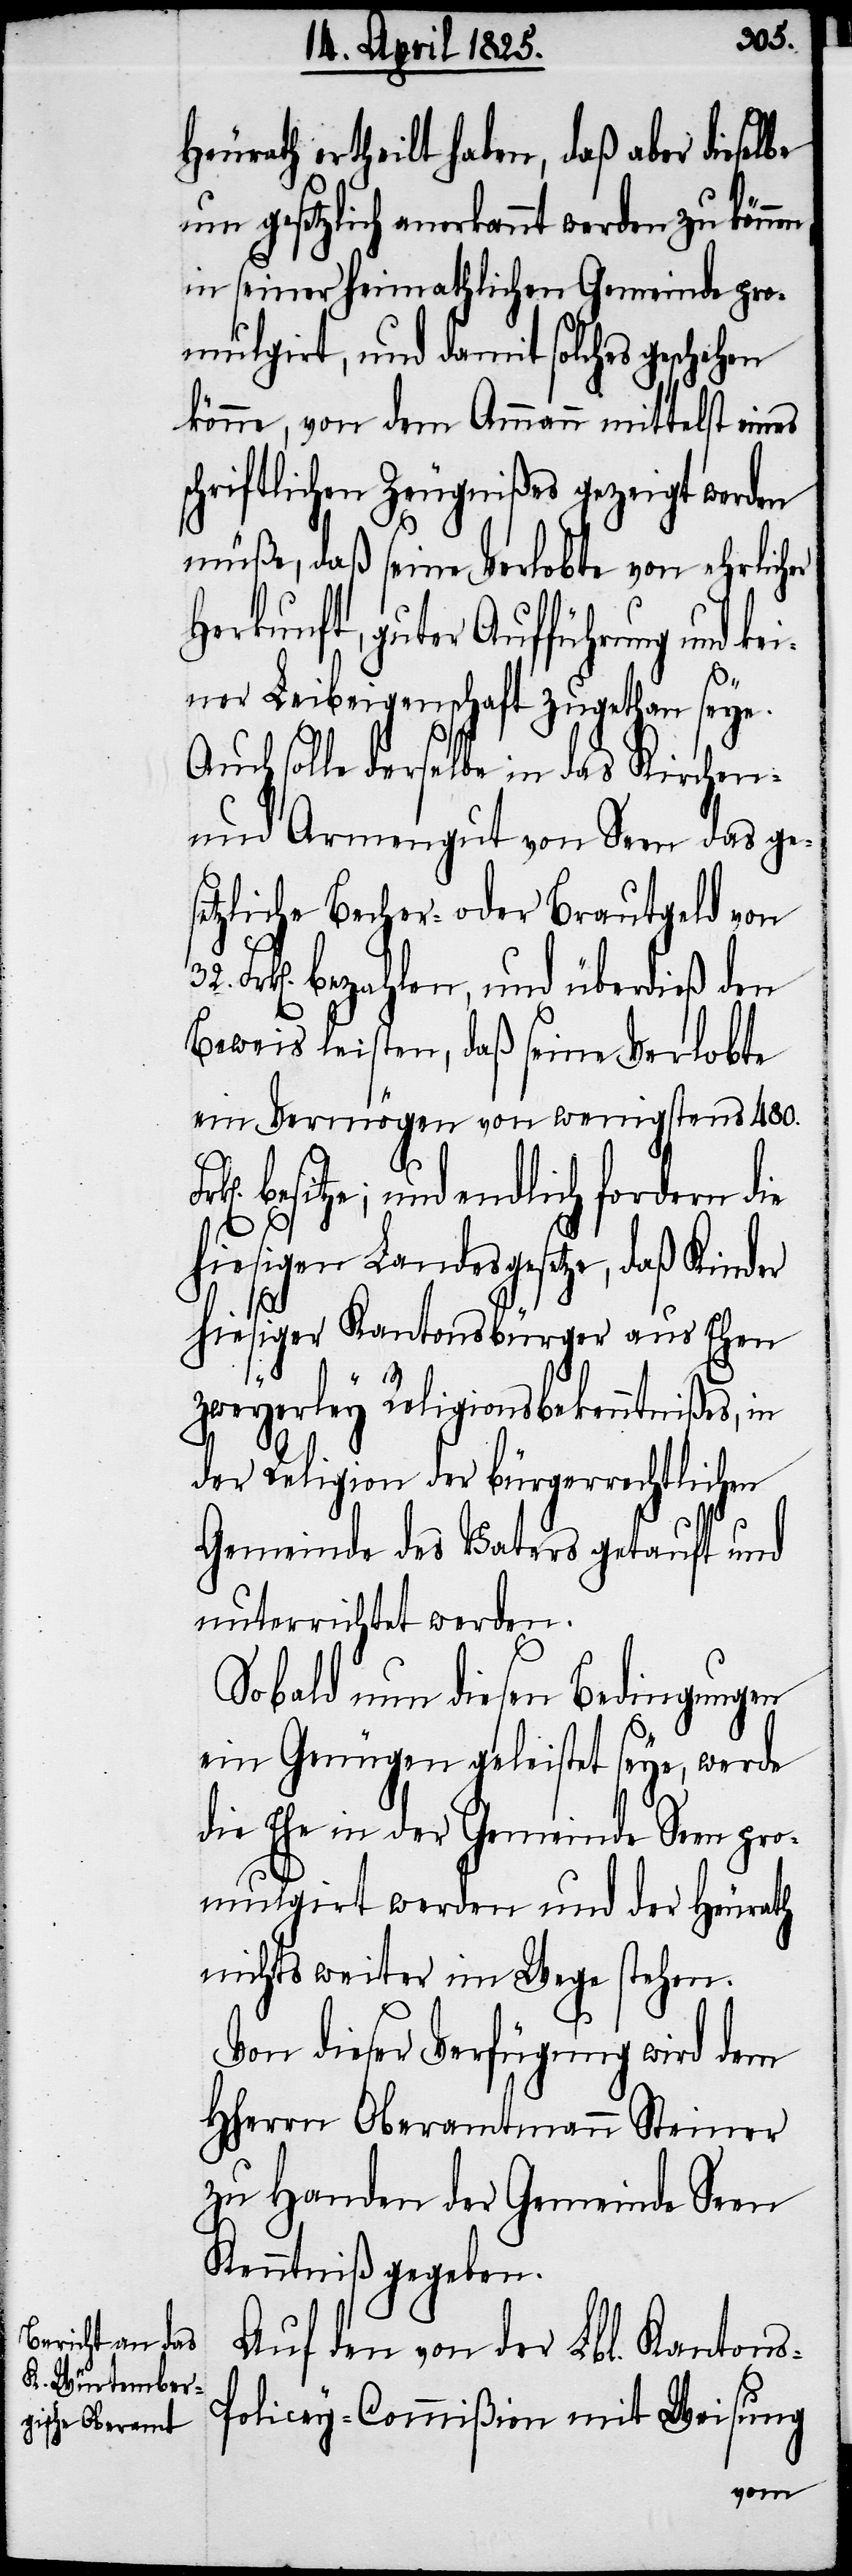
Heurath ertheilt haben, daß aber dieselbe
um gesetzlich anerkannt werden zu könne¬
in seiner heimathlichen Gemeinde pro¬
mulgirt, und damit solches geschehen
könne, von dem Ammann mittelst eines
chriftlichen Zeugnißes gezeigt werden
müße, daß seine Verlobte von ehrlicher
Herkunft, guter Aufführung und ke¬
iner Leibeigenschaft zugethan seye.
Auch solle derselbe in das Kirchen-
und Armengut von Seen das ge¬
setzliche Becher- oder Brautgeld von
Frk[en]. bezahlen, und überdieß den
Beweis leisten, daß seine Verlobte
ein Vermögen von wenigstens 480.
s-P¬
besitze; und endlich fordern die
s¬
hiesigen Landesgesetze, daß Kinder
hiesiger Kantonsbürger aus Ehen
zweyerley Religionsbekenntnißes,
der Religion der bürgerrechtlichen
Gemeinde des Vaters getauft und
unterrichtet werden.
Sobald nun diesen Bedingungen
ein Genügen geleistet seye, werde
die Ehe in der Gemeinde Seen pro¬
mulgirt werden und der Heurath
nichts weiter im Wege stehen.
Von dieser Verfügung wird dem
Hherrn Oberamtmann Steiner
zu Handen der Gemeinde Seen
Kenntniß gegeben.
Auf den von der Lbl. Kanton¬
olicey-Commißion mit Weisung